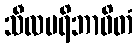
သီလပရိဘာဝိတံ